Scottish Certificate of Education, 1962
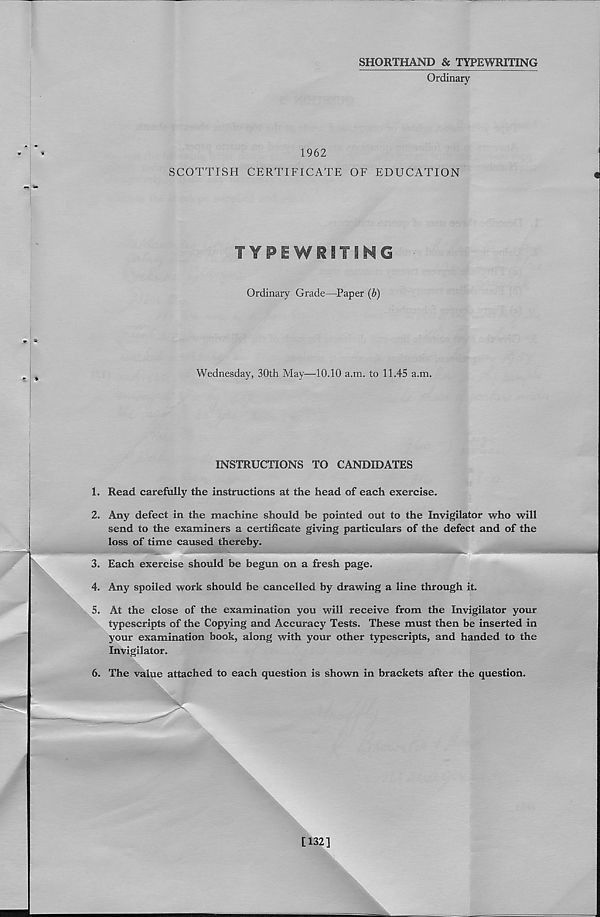
SHORTHAND & TYPEWRITING
Ordinary
1962
SCOTTISH CERTIFICATE OF EDUCATION
TYPEWRITING
Ordinary Grade—Paper (b)
Wednesday, 30th May—10.10 a.m. to 11.45 a.m.
INSTRUCTIONS TO CANDIDATES
1. Read carefully the instructions at the head of each exercise.
2. Any defect in the machine should be pointed out to the Invigilator who will
send to the examiners a certificate giving particulars of the defect and of the
loss of time caused thereby.
3. Each exercise should be begun on a fresh page.
4. Any spoiled work should be cancelled by drawing a line through it.
5. At the close of the examination you will receive from the Invigilator your
typescripts of the Copying and Accuracy Tests. These must then be inserted in
your examination book, along with your other typescripts, and handed to the
Invigilator.
6. The value attached to each question is shown in brackets after the question.
>
>— x
[132]